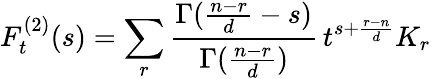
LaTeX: F_{t}^{(2)}(s)=\sum_{r}\frac{\Gamma(\frac{n-r}{d}-s)}{\Gamma(\frac{n-r}{d})}\, t^{s+\frac{r-n}{d}}K_{r}